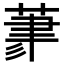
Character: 𦳳